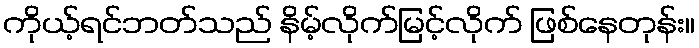
ကိုယ့်ရင်ဘတ်သည် နိမ့်လိုက်မြင့်လိုက် ဖြစ်နေတုန်း။